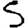
Digit: 5